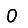
Digit: 0